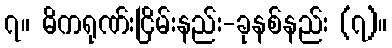
၇။ ဓိကရုဏ်းငြိမ်းနည်း-ခုနစ်နည်း (၇)။